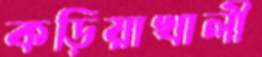
কড়িয়াখালী